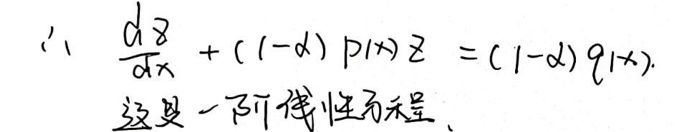
\(&\therefore\frac{d z}{d x}+(1 - \alpha)p(x)z=(1 - \alpha)q(x).\)\\
&这是一阶线性方程.